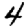
Digit: 4